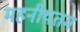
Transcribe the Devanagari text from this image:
महनीयतम